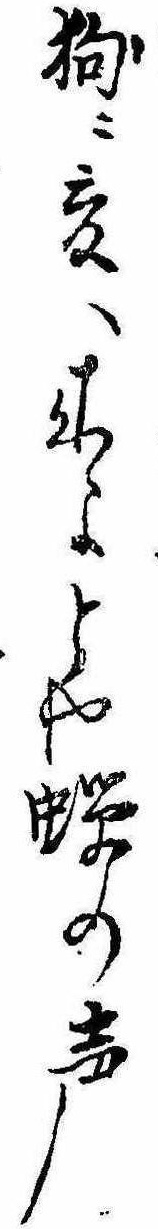
狗に爰へ来よとや蝉の声